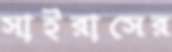
সাইরাসের